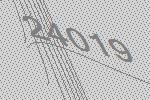
24019